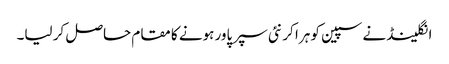
انگلینڈ نے سپین کو ہرا کر نئی سپر پاور ہونے کا مقام حاصل کر لیا۔